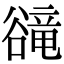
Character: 𧯇